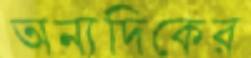
অন্যদিকের